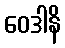
ဝေဒါနိ